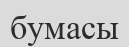
бумасы